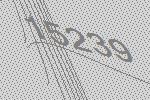
15239